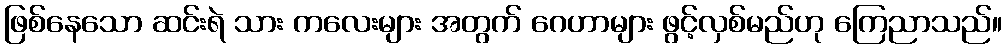
ဖြစ်နေသော ဆင်းရဲ သား ကလေးများ အတွက် ဂေဟာများ ဖွင့်လှစ်မည်ဟု ကြေညာသည်။